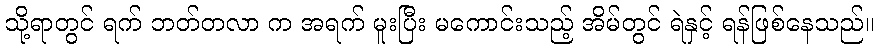
သို့ရာတွင် ရက် ဘတ်တလာ က အရက် မူးပြီး မကောင်းသည့် အိမ်တွင် ရဲနှင့် ရန်ဖြစ်နေသည်။